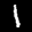
Label: 1